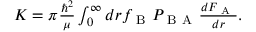
\begin{array} { r } { K = \pi \frac { \hbar ^ { 2 } } { \mu } \int _ { 0 } ^ { \infty } d r f _ { \mathrm { ~ B ~ } } P _ { \mathrm { ~ B ~ A ~ } } \frac { d F _ { \mathrm { ~ A ~ } } } { d r } . } \end{array}